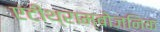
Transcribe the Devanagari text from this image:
एंटीथ्राम्बोजनिक